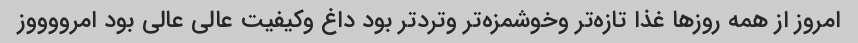
امروز‌ از همه روزها غذا تازه‌تر و‌خوشمزه‌تر و‌تردتر بود داغ و‌کیفیت عالی عالی بود امرووووز